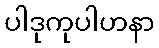
ပါဒုကုပါဟနာ